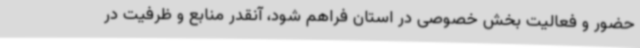
حضور و فعالیت بخش خصوصی در استان فراهم شود، آنقدر منابع و ظرفیت در